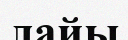
лайы